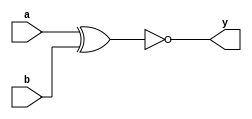

   module gate(a,b,y);
      input a,b;
	  output y;

/*AND GATE 
	  and (y,a,b);
	  wire y = a & b;*/

/*OR GATE
     or (y,a,b);
	 wire y = a | b;*/

/*NAND GATE
     nand (y,a,b);
	 wire y = ~(a & b);*/

/*NOR GATE
     nor (y,a,b);
	 wire y = ~(a || b);*/

/*XOR GATE
     xor (y,a,b);
	 wire y = a ^ b;*/

//XNOR GATE
     xnor (y,a,b);
	 //wire y = a ~^ b;
   endmodule